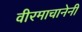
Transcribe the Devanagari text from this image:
वीरमाचानेनी